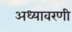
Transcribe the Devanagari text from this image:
अध्यावरणी